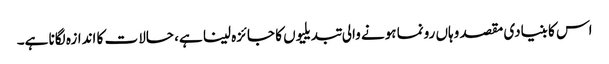
اس کا بنیادی مقصد وہاں رونما ہونے والی تبدیلیوں کا جائزہ لینا ہے، حالات کا اندازہ لگانا ہے۔